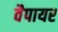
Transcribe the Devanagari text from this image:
वैपायर